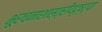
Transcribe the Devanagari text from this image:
भूरचनाशास्त्रीयदृष्ट्या